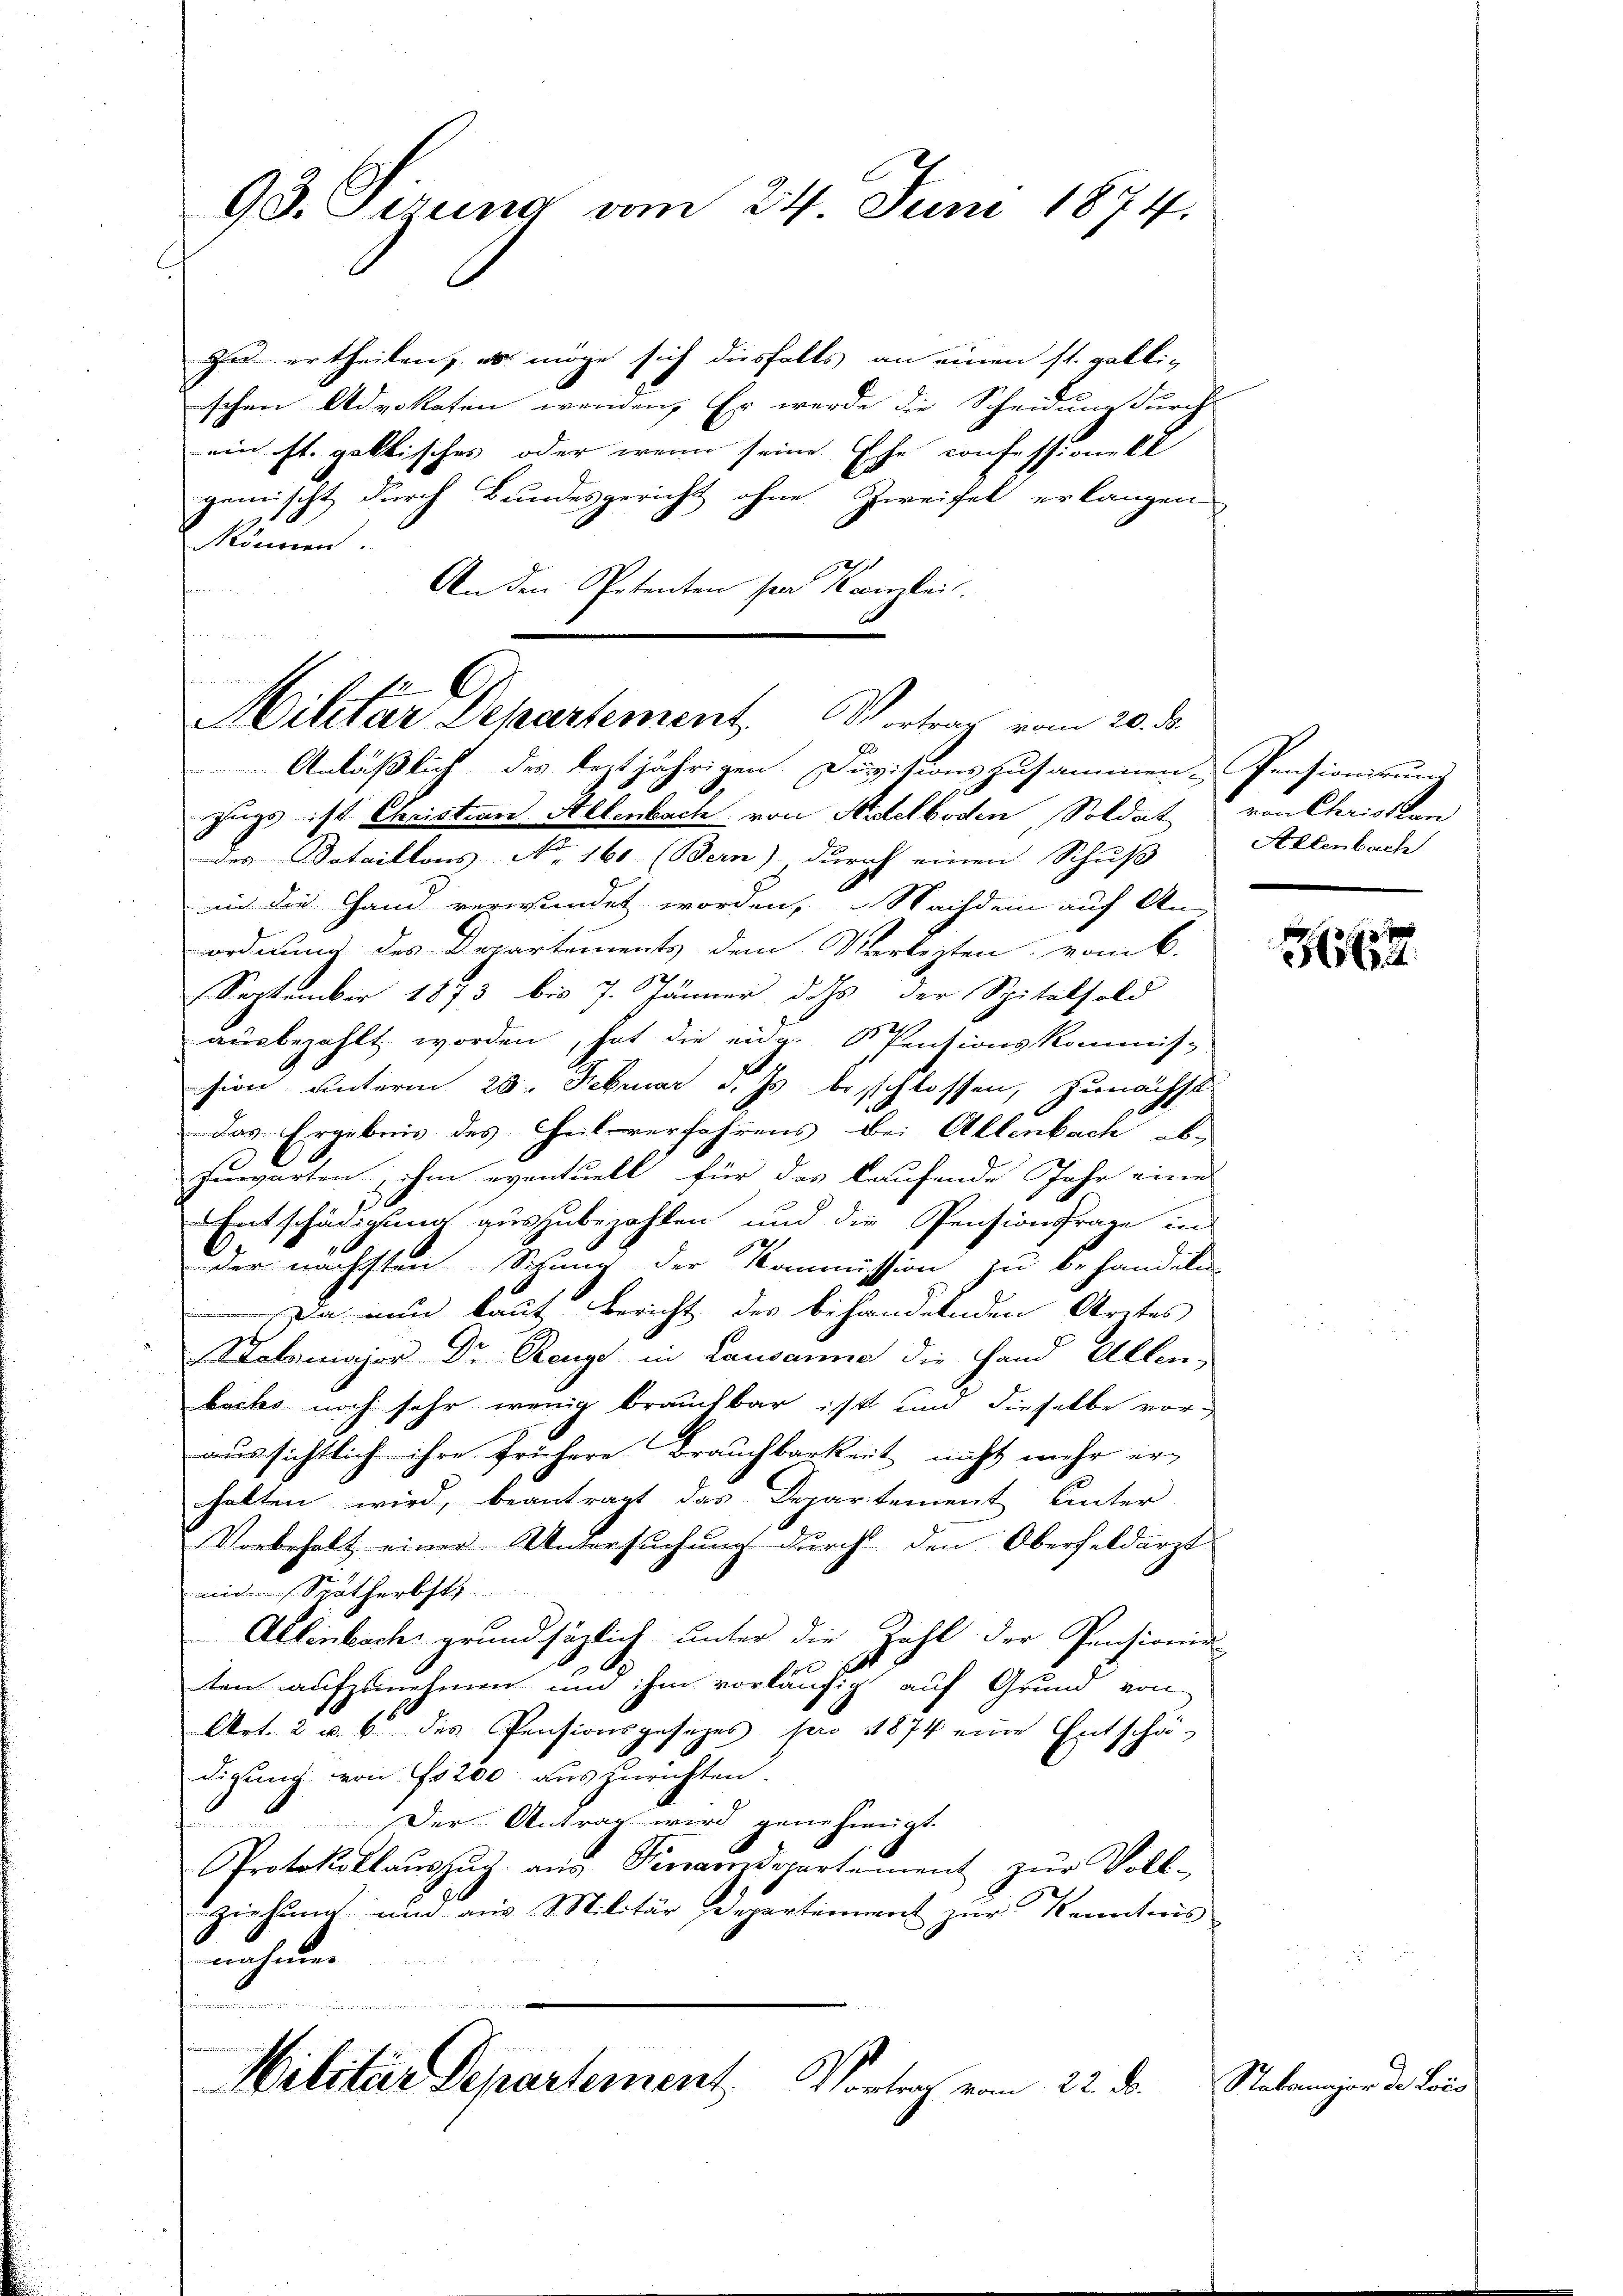
93. Sirung vom 24. Juni 1874.

zu ertheilen, es möge sich diesfalls an einen st. gallischen Advokaten wenden. Er werde die Scheidung durch-
ein st. galtisches oder wenn seine Ehe confessionell
gemischt durch Bundesgericht ohne Zweifel erlangen
önnen.
An den Petenten sei Kanzlei.

Militar Departement. Vortrag vom 20. d.

Anläßlich des leztjährigen Divisionszusammen-Pensionirung
zugs ist Christian Allenbach von Aidelboden, Soldat von Christlan
des Bataillons No 160 (Bern) durch einen Schuß
in die Hand verwundet worden, Nachdem auf An-
ordnung des Departements dem Verlezten vom 6.
2
September 1873 bis 7. Jänner dass der Spitalfold
ausbezahlt worden, hat die eidg. P Pensionskommis-
sion unterm 25. Februar d. Js. beschlossen, zunächst.
das Ergebnis des Teil verfahrens bei Allenbach ab,
zuwarten, ihm eventuell für das laufende Jahr eine
Entschädigung auszubezahlen und die Pensionsfrage in
der nächsten Sitzung der Kommission zu behandeln
Da nun laut Bericht des behandelnden Arztes
Stabsmajor Dr. Renge in Lausanne die Hand Allen-
bachs noch sehr wenig brauchbar ist und dieselbe voraussichtlich ihre frühere Brauchbarkeit nicht mehr erhalten wird, beantragt das Departement hinter
Vorbehalt einer Untersuchung durch den Oberheldärzt
id Spätherbst
Allinbach grundsäglich unter die Zahl der Pensionie-
2
r
ten aufzunehmen und ihm vorläufig auf Grund von
Art. 2 u. 6 des Pensionsgesezes pro 1874 eine Entschädigung von 200 auszurichten.
Der Antrag wird genehmigt.
Protokollaŭszŭg aŭs Pinanzdepartement zŭr Voll-
Ziehung und aus Militär Departement zur Kenntnis
nahmen

Militar Departement. Vortrag vom 22. d.

Aklenbach

362

Stabsmajor de Lois